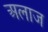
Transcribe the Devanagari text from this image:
अलाज